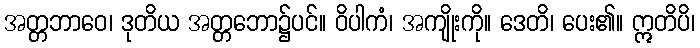
အတ္တဘာဝေ၊ ဒုတိယ အတ္တဘော၌ပင်။ ဝိပါကံ၊ အကျိုးကို။ ဒေတိ၊ ပေး၏။ ဣတိပိ၊